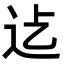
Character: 𮞂